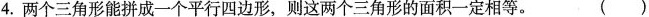
4.两个三角形能拼成一个平行四边形，则这两个三角形的面积一定相等。 ()